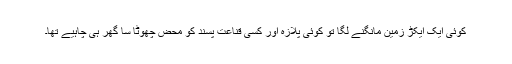
کوئی ایک ایکڑ زمین مانگنے لگا تو کوئی پلازہ اور کسی قناعت پسند کو محض چھوٹا سا گھر ہی چاہیے تھا۔